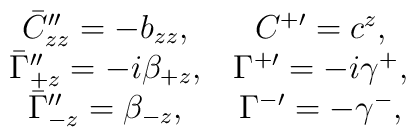
\matrix{\bar C_{zz}^{\prime\prime}= -b_{zz},&C^{+\prime}=  c^z ,\cr\bar\Gamma_{+z}^{\prime\prime}= -i\beta_{+z},&\Gamma^{+\prime}= -i\gamma^+,\cr\bar\Gamma_{-z}^{\prime\prime}=\beta_{-z},&\Gamma^{-\prime}= - \gamma^-,}